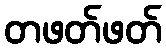
တဖတ်ဖတ်